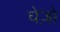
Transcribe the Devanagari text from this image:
घेज़ो